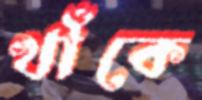
খাঁকে